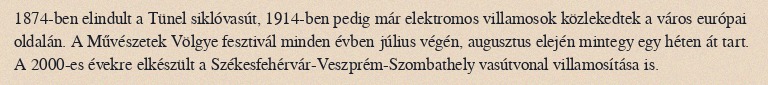
1874-ben elindult a Tünel siklóvasút, 1914-ben pedig már elektromos villamosok közlekedtek a város európai oldalán. A Művészetek Völgye fesztivál minden évben július végén, augusztus elején mintegy egy héten át tart. A 2000-es évekre elkészült a Székesfehérvár-Veszprém-Szombathely vasútvonal villamosítása is.